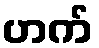
ဟက်